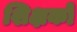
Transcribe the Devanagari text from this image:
शिक्षकोँ